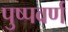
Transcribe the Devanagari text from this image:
पुष्पवर्ण